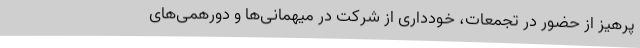
پرهیز از حضور در تجمعات، خودداری از شرکت در میهمانی‌ها و دورهمی‌های